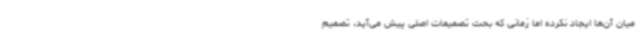
میان آن‌ها ایجاد نکرده اما زمانی که بحث تصمیمات اصلی پیش می‌آید، تصمیم